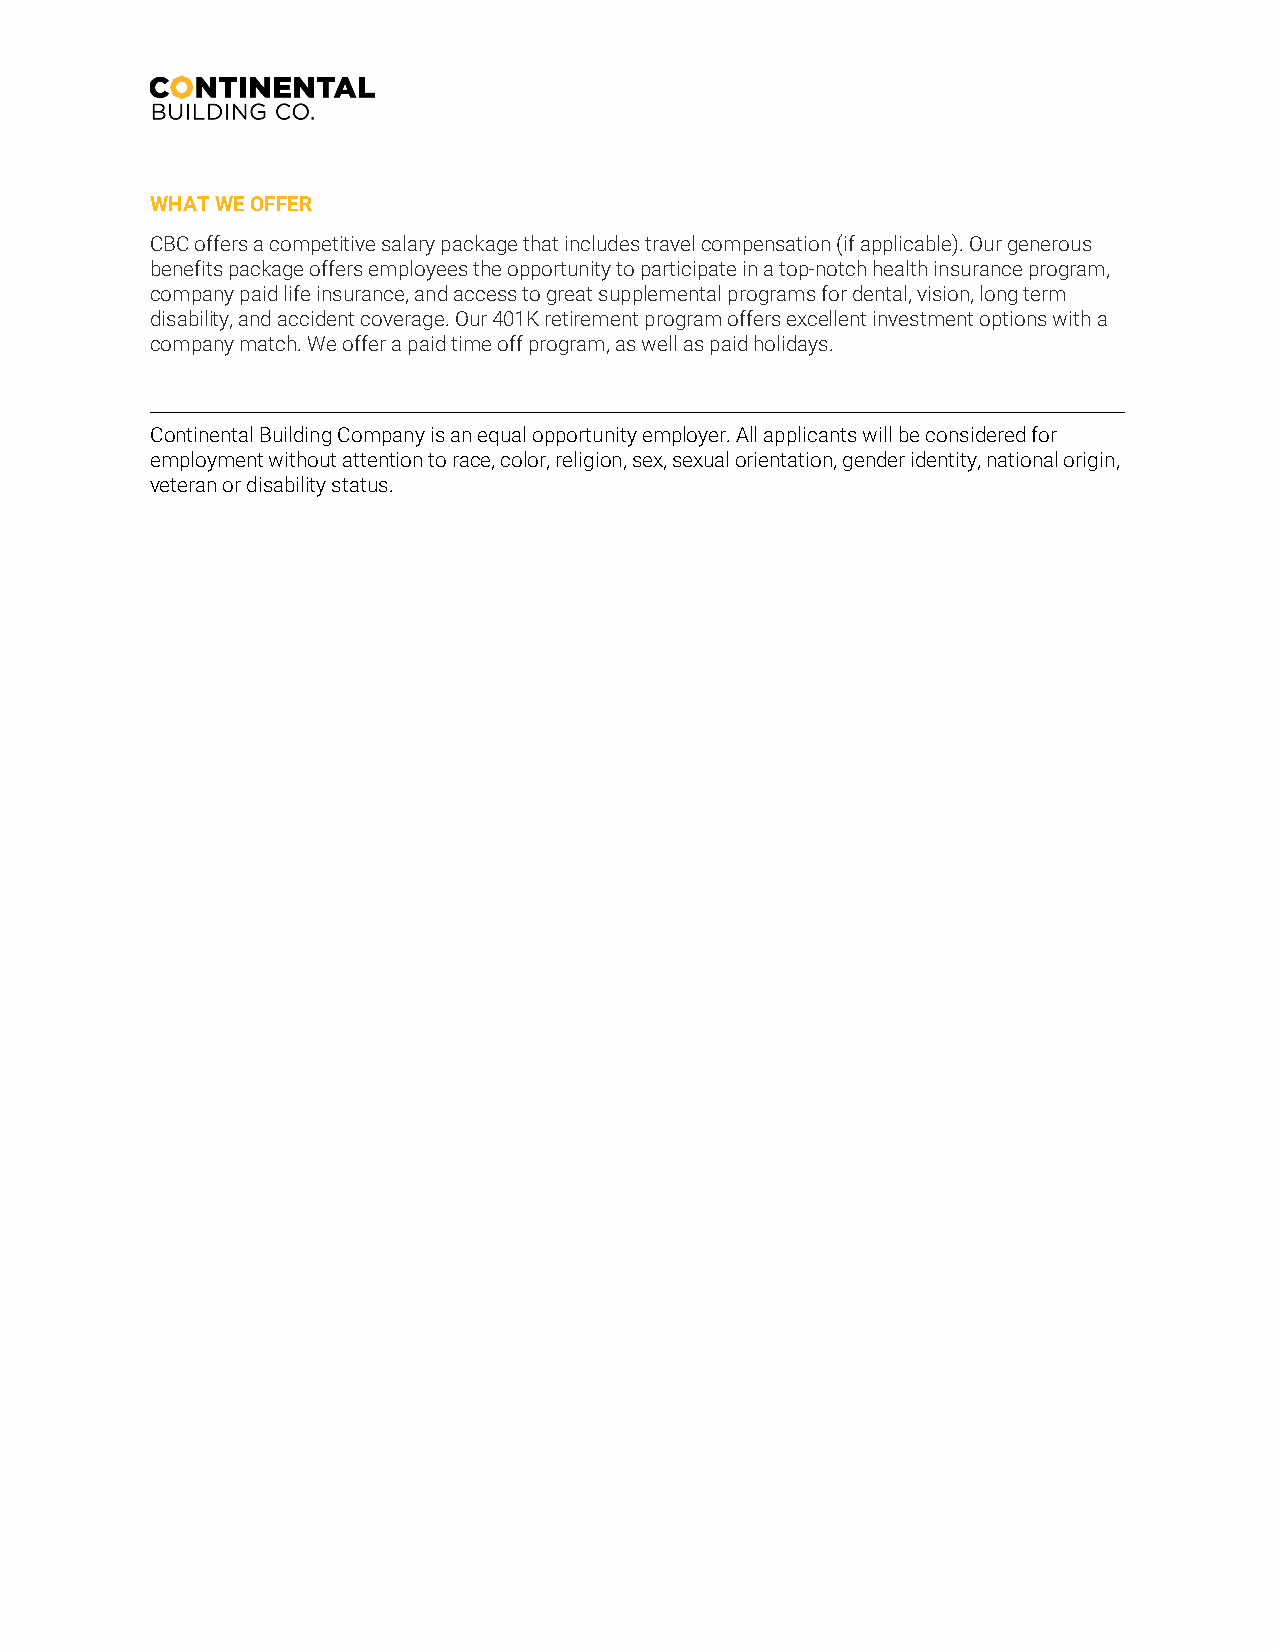
WHAT WE OFFER
 CBC offers a competitive salary package that includes travel compensation (if applicable). Our generous
 benefits package offers employees the opportunity to participate in a top-notch health insurance program,
 company paid life insurance, and access to great supplemental programs for dental, vision, long term
 disability, and accident coverage. Our 401K retirement program offers excellent investment options with a
 company match. We offer a paid time off program, as well as paid holidays.
 Continental Building Company is an equal opportunity employer. All applicants will be considered for
 employment without attention to race, color, religion, sex, sexual orientation, gender identity, national origin,
 veteran or disability status.